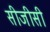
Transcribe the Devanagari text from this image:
सीजीसी